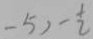
- 5 ) - \frac { 1 } { 2 }